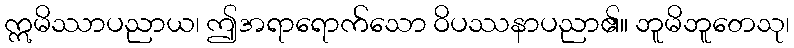
ဣမိဿာပညာယ၊ ဤအရာရောက်သော ဝိပဿနာပညာ၏။ ဘူမိဘူတေသု၊